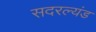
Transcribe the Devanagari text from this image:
सदरल्यंड